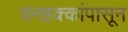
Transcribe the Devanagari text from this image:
वनहक्कांपासून